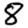
Digit: 8